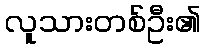
လူသားတစ်ဦး၏